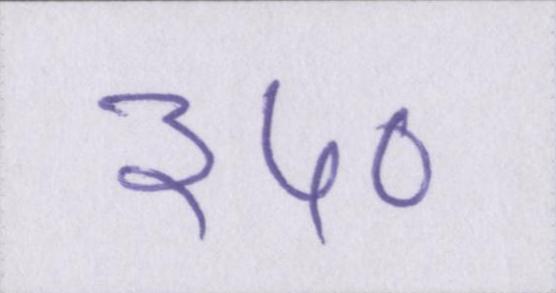
३५०